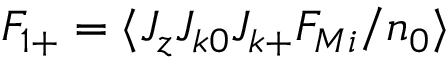
F _ { 1 + } = \langle J _ { z } J _ { k 0 } J _ { k + } F _ { M i } / n _ { 0 } \rangle